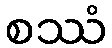
စဿံ